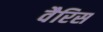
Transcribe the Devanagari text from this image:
वैरिस